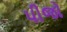
પીજો